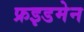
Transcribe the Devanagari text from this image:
फ्रइडमेन